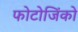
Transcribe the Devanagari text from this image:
फोटोजिंको